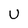
Character: U